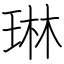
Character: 琳